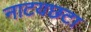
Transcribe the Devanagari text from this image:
नाटयछटा